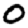
Digit: 0